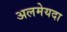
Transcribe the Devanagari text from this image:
अलमेयदा